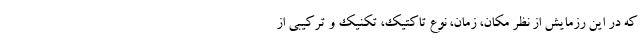
که در این رزمایش از نظر مکان، زمان، نوع تاکتیک، تکنیک‌ و ترکیبی از